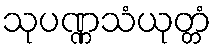
သုပဏ္ဏသံယုတ္တံ